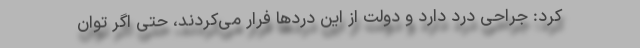
کرد: جراحی درد دارد و دولت از این دردها فرار می‌کردند، حتی اگر توان